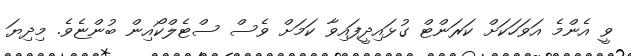
ވީ އެންމެ އަވަހަކަށް ކަރަންޓް ގުޅައިދީފައިވާ ކަމަށް ވެސް ސްޓެލްކޯއިން ބުންޏެވެ. މިދިޔަ